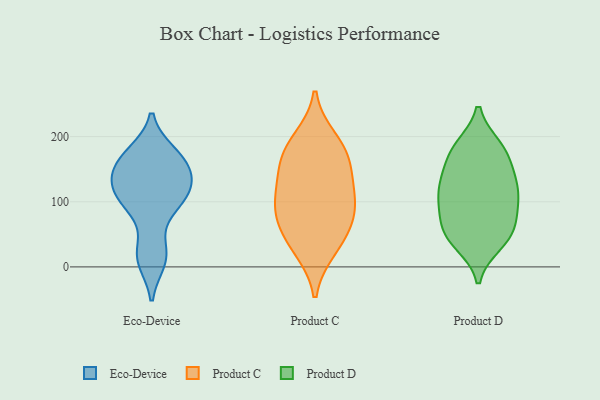
{"axis": {"x": "Population (Million)", "y": "Value"}, "legend": ["Eco-Device", "Product C", "Product D"], "data": [{"x": "", "y": 117, "type": "Eco-Device"}, {"x": "", "y": 102, "type": "Eco-Device"}, {"x": "", "y": 154, "type": "Eco-Device"}, {"x": "", "y": 124, "type": "Eco-Device"}, {"x": "", "y": 174, "type": "Eco-Device"}, {"x": "", "y": 92, "type": "Eco-Device"}, {"x": "", "y": 23, "type": "Eco-Device"}, {"x": "", "y": 10, "type": "Eco-Device"}, {"x": "", "y": 168, "type": "Eco-Device"}, {"x": "", "y": 141, "type": "Eco-Device"}, {"x": "", "y": 195, "type": "Product C"}, {"x": "", "y": 67, "type": "Product C"}, {"x": "", "y": 169, "type": "Product C"}, {"x": "", "y": 82, "type": "Product C"}, {"x": "", "y": 125, "type": "Product C"}, {"x": "", "y": 38, "type": "Product C"}, {"x": "", "y": 149, "type": "Product C"}, {"x": "", "y": 178, "type": "Product C"}, {"x": "", "y": 105, "type": "Product C"}, {"x": "", "y": 92, "type": "Product C"}, {"x": "", "y": 28, "type": "Product C"}, {"x": "", "y": 90, "type": "Product D"}, {"x": "", "y": 168, "type": "Product D"}, {"x": "", "y": 112, "type": "Product D"}, {"x": "", "y": 141, "type": "Product D"}, {"x": "", "y": 52, "type": "Product D"}, {"x": "", "y": 180, "type": "Product D"}, {"x": "", "y": 92, "type": "Product D"}, {"x": "", "y": 124, "type": "Product D"}, {"x": "", "y": 44, "type": "Product D"}, {"x": "", "y": 88, "type": "Product D"}, {"x": "", "y": 47, "type": "Product D"}, {"x": "", "y": 131, "type": "Product D"}, {"x": "", "y": 182, "type": "Product D"}, {"x": "", "y": 184, "type": "Product D"}, {"x": "", "y": 60, "type": "Product D"}, {"x": "", "y": 36, "type": "Product D"}, {"x": "", "y": 124, "type": "Product D"}]}